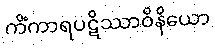
ကိံကာရပဋိဿာဝိနိယော